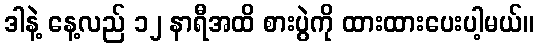
ဒါနဲ့ နေ့လည် ၁၂ နာရီအထိ စားပွဲကို ထားထားပေးပါ့မယ်။